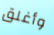
وأغلق